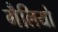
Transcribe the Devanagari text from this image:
गैलियो